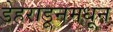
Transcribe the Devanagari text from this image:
डेहराडूनमधून